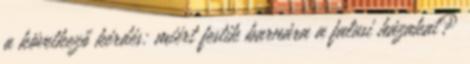
a következő kérdés: miért festik barnára a falusi házakat?